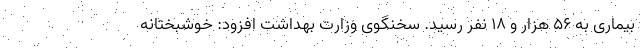
بیماری به ۵۶ هزار و ۱۸ نفر رسید. سخنگوی وزارت بهداشت افزود: خوشبختانه